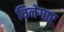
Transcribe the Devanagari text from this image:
विनेगार